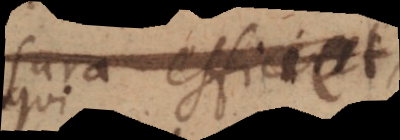
sura efficiet,